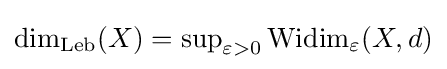
\textstyle \dim _{\mathrm {Leb} }(X)=\sup _{\varepsilon >0}\operatorname {Widim} _{\varepsilon }(X,d)